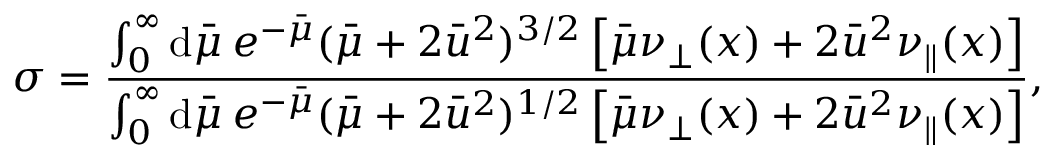
\sigma = \frac { \int _ { 0 } ^ { \infty } \mathrm { d } \bar { \mu } \: e ^ { - \bar { \mu } } ( \bar { \mu } + 2 \bar { u } ^ { 2 } ) ^ { 3 / 2 } \left[ \bar { \mu } \nu _ { \perp } ( x ) + 2 \bar { u } ^ { 2 } \nu _ { \parallel } ( x ) \right] } { \int _ { 0 } ^ { \infty } \mathrm { d } \bar { \mu } \: e ^ { - \bar { \mu } } ( \bar { \mu } + 2 \bar { u } ^ { 2 } ) ^ { 1 / 2 } \left[ \bar { \mu } \nu _ { \perp } ( x ) + 2 \bar { u } ^ { 2 } \nu _ { \parallel } ( x ) \right] } ,